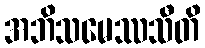
အဘိသမေဿသီတိ